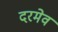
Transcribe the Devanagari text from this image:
दरमेव